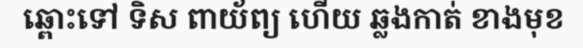
ឆ្ពោះទៅ ទិស ពាយ័ព្យ ហើយ ឆ្លងកាត់ ខាងមុខ